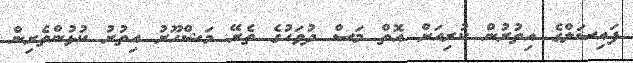
ފައިސަލްގެ އިތުރުން ކުރިއަށް އޮތް މަސް ދުވަހުގެ ތެރޭ މަޝްހޫރު އިތުރު ކުޅުންތެރިން